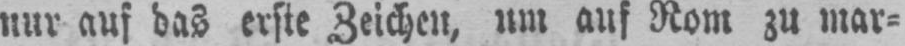
nur auf das erste Zeichen, um auf Rom zu mar⸗